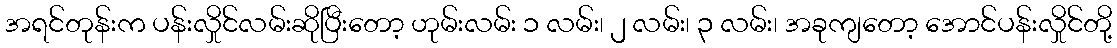
အရင်တုန်းက ပန်းလှိုင်လမ်းဆိုပြီးတော့ ဟုမ်းလမ်း ၁ လမ်း၊ ၂ လမ်း၊ ၃ လမ်း၊ အခုကျတော့ အောင်ပန်းလှိုင်တို့